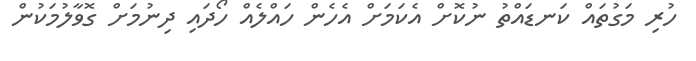
ހުރި މަގުތައް ކަނޑައްތު ނުކޮށް އެކަމަށް އެހެން ހައްލެއް ހޯދައި ދިނުމަށް ގޮވާލުމަކުން